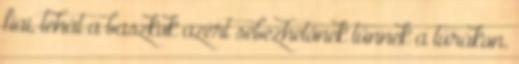
fiai, tehát a baszkok azért sebezhetőnek tűnnek a túrákon.